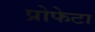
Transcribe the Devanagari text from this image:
प्रोफेटा